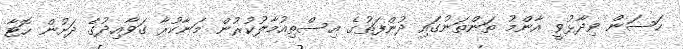
ހަސަން ވިދާޅުވީ އާންމު ތަންތަނުގައި ދުންފަތުގެ އިސްތިއުމާލުކުރުން މަނާކުރާ ގަވާއިދުގެ ދަށުން ހޮޓާ